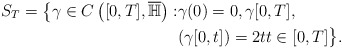
\begin{align*}S_T = \big\{\gamma \in C\left([0,T], \overline{\mathbb{H}}\right):& \gamma(0)=0, \gamma[0,T] , \\&(\gamma[0,t]) = 2t t\in [0,T] \big\}.\end{align*}